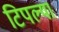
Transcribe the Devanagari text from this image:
टिपल्या